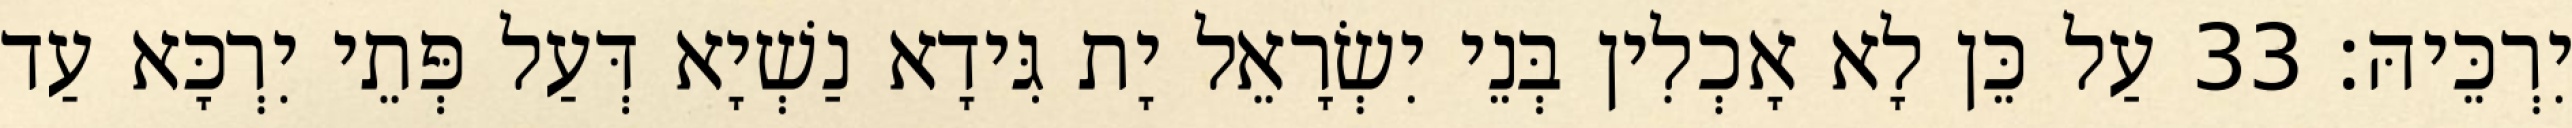
יִרְכֵּיהּ׃ 33 עַל כֵּן לָא אָכְלִין בְּנֵי יִשְׂרָאֵל יָת גִּידָא נַשְׁיָא דְּעַל פְּתֵי יִרְכָּא עַד